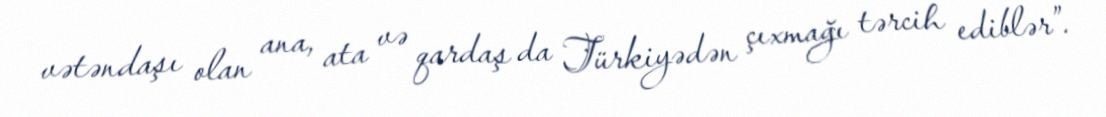
vətəndaşı olan ana, ata və qardaş da Türkiyədən çıxmağı tərcih ediblər”.